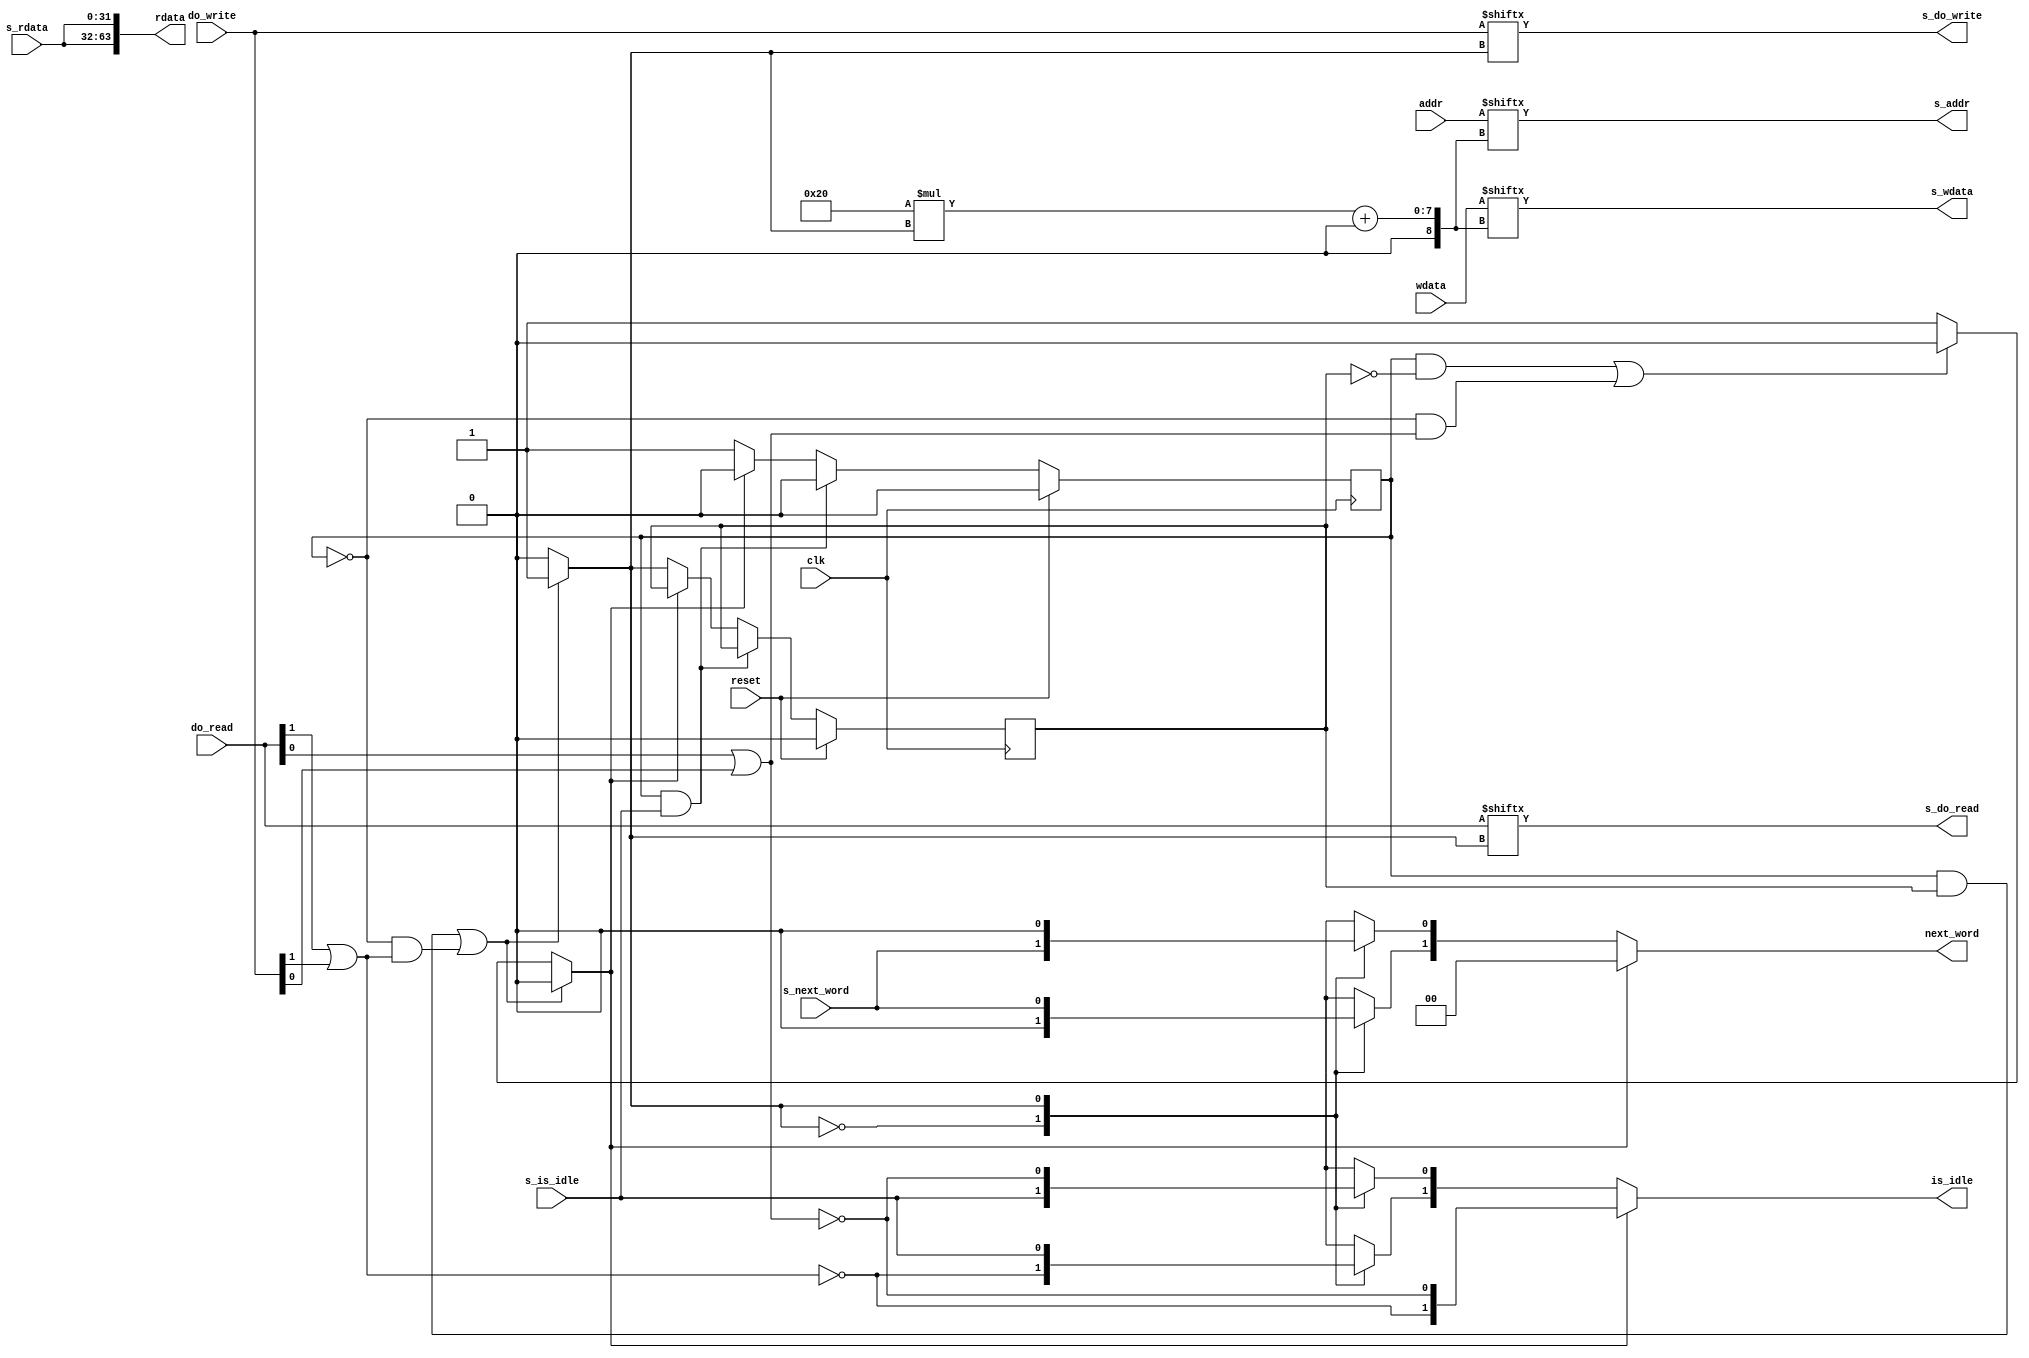
/*
 * This is an arbiter that allows multiple masters speaking the QPI memory interface protocol to 
 * talk to one QPI memory device.
 *
 * Copyright (C) 2019  Jeroen Domburg <jeroen@spritesmods.com>
 * All rights reserved.
 *
 * BSD 3-clause, see LICENSE.bsd
 *
 * Redistribution and use in source and binary forms, with or without
 * modification, are permitted provided that the following conditions are met:
 *     * Redistributions of source code must retain the above copyright
 *       notice, this list of conditions and the following disclaimer.
 *     * Redistributions in binary form must reproduce the above copyright
 *       notice, this list of conditions and the following disclaimer in the
 *       documentation and/or other materials provided with the distribution.
 *     * Neither the name of the <organization> nor the
 *       names of its contributors may be used to endorse or promote products
 *       derived from this software without specific prior written permission.
 *
 * THIS SOFTWARE IS PROVIDED BY THE COPYRIGHT HOLDERS AND CONTRIBUTORS "AS IS" AND
 * ANY EXPRESS OR IMPLIED WARRANTIES, INCLUDING, BUT NOT LIMITED TO, THE IMPLIED
 * WARRANTIES OF MERCHANTABILITY AND FITNESS FOR A PARTICULAR PURPOSE ARE
 * DISCLAIMED. IN NO EVENT SHALL <COPYRIGHT HOLDER> BE LIABLE FOR ANY
 * DIRECT, INDIRECT, INCIDENTAL, SPECIAL, EXEMPLARY, OR CONSEQUENTIAL DAMAGES
 * (INCLUDING, BUT NOT LIMITED TO, PROCUREMENT OF SUBSTITUTE GOODS OR SERVICES;
 * LOSS OF USE, DATA, OR PROFITS; OR BUSINESS INTERRUPTION) HOWEVER CAUSED AND
 * ON ANY THEORY OF LIABILITY, WHETHER IN CONTRACT, STRICT LIABILITY, OR TORT
 * (INCLUDING NEGLIGENCE OR OTHERWISE) ARISING IN ANY WAY OUT OF THE USE OF THIS
 * SOFTWARE, EVEN IF ADVISED OF THE POSSIBILITY OF SUCH DAMAGE.
 */


/*
Note: Verilog-2005 (and Yosys, at this time of writing) do not support arrays as ports. Instead, we pack
n m-sized arrays into one n*m-sized array.
*/
`default_nettype	none
module qpimem_arbiter #(
	parameter integer MASTER_IFACE_CNT = 2
) (
	input clk, reset,

	input [32*MASTER_IFACE_CNT-1:0] addr,           // addr from masters wanting to read/write
	input [32*MASTER_IFACE_CNT-1:0] wdata,          // data from masters wanting to read/write
	output reg [32*MASTER_IFACE_CNT-1:0] rdata,     // data to masters 
	input [MASTER_IFACE_CNT-1:0] do_read,           // master wants to read
	input [MASTER_IFACE_CNT-1:0] do_write,          // master wants to write
	output reg [MASTER_IFACE_CNT-1:0] next_word,    // When next_word is high, put next word on wdata or read word from rdata
	output reg [MASTER_IFACE_CNT-1:0] is_idle,      // masters have to wait if is_idle is high
	
	output reg [31:0] s_addr,                       // output addr to qpimem iface
	output reg [31:0] s_wdata,                      // output data to qpimem
	input [31:0] s_rdata,                           // incoming data from qpimem
	output reg s_do_write,                          // write enable to qpimem
	output reg s_do_read,                           // read enable to qpimem
	input s_is_idle,                                // qpimem interface ready
	input s_next_word                               // qpimem ready for next word
);

/*
The connected masters are priority-encoded by index; higher index = higher prio. We can do something more fanciful later
(round-robin, fractional priority, ...) but for now this is simple and stupid.
*/

`ifdef verilator
genvar i;
`else
integer i;
`endif

`define SLICE_32(v, i) v[32*i+:32]

reg idle;
reg [$clog2(MASTER_IFACE_CNT)-1:0] active_iface;
reg hold;		//if 1, hold_iface is permanently routed to slave iface
reg [$clog2(MASTER_IFACE_CNT)-1:0] hold_iface;

always @(*) begin
	idle=1;
	active_iface=0;
	for (i=0; i<MASTER_IFACE_CNT; i=i+1) begin : genblk
		`SLICE_32(rdata, i)=s_rdata; //no need to mux this
		is_idle[i]=!(do_read[i] || do_write[i]); //we'll override this if selected
		next_word[i]=0;
		if ((hold && (hold_iface==i)) || ((!hold) && (do_read[i] || do_write[i]))) begin
			idle=0;
			active_iface=i;
		end
	end
	s_addr=`SLICE_32(addr, active_iface);
	s_wdata=`SLICE_32(wdata,  active_iface);
	s_do_read=do_read[active_iface];
	s_do_write=do_write[active_iface];
	//Note: verilator complains about some circular dependency because of this line... no clue what it's on about.
	if (!idle) begin
		next_word[active_iface]=s_next_word;
		is_idle[active_iface]=s_is_idle;
	end
end

always @(posedge clk) begin
	if (reset) begin
		hold <= 0;
		hold_iface <= 0;
	end else begin
		if (hold && s_is_idle) begin
			//Read/write is done; un-hold
			hold <= 0;
		end else if (!idle) begin //note: idle is also 0 if hold was set last run
			//We're serving a master.
			hold <= 1;
			hold_iface <= active_iface;
		end else begin
			hold <= 0;
		end
	end
end

`ifdef FORMAL
    reg f_past_valid = 0;
    always @(posedge clk) begin
        f_past_valid <= 1;
        
        // assert that transition won't happen when one master has control
    end
`endif

endmodule